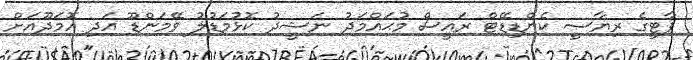
ޕާޓީގެ ރިޔާސީ ކެންޑިޑޭޓް ރައީސް މުޙައްމަދު ނަޝީދު ކޮޅުމަޑުލު ވޭމަންޑޫ އަދި އޮމަދޫއަށް